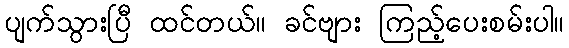
ပျက်သွားပြီ ထင်တယ်။ ခင်ဗျား ကြည့်ပေးစမ်းပါ။